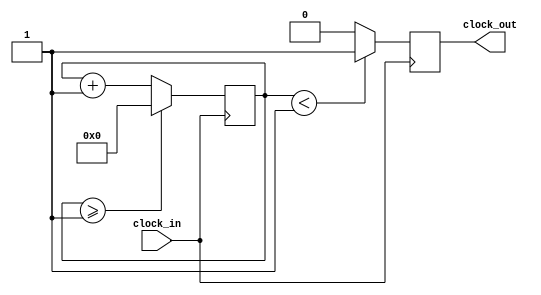
`timescale 1ns / 1ps

module clock_divider(clock_in,clock_out
    );
input clock_in; // input clock on FPGA
output reg clock_out; // output clock after dividing the input clock by divisor
reg[27:0] counter=28'd0;
parameter DIVISOR = 28'd2;always @(posedge clock_in)
begin
 counter <= counter + 28'd1;
 if(counter>=(DIVISOR-1))
  counter <= 28'd0;
 clock_out <= (counter<DIVISOR/2)?1'b1:1'b0;
end
endmodule